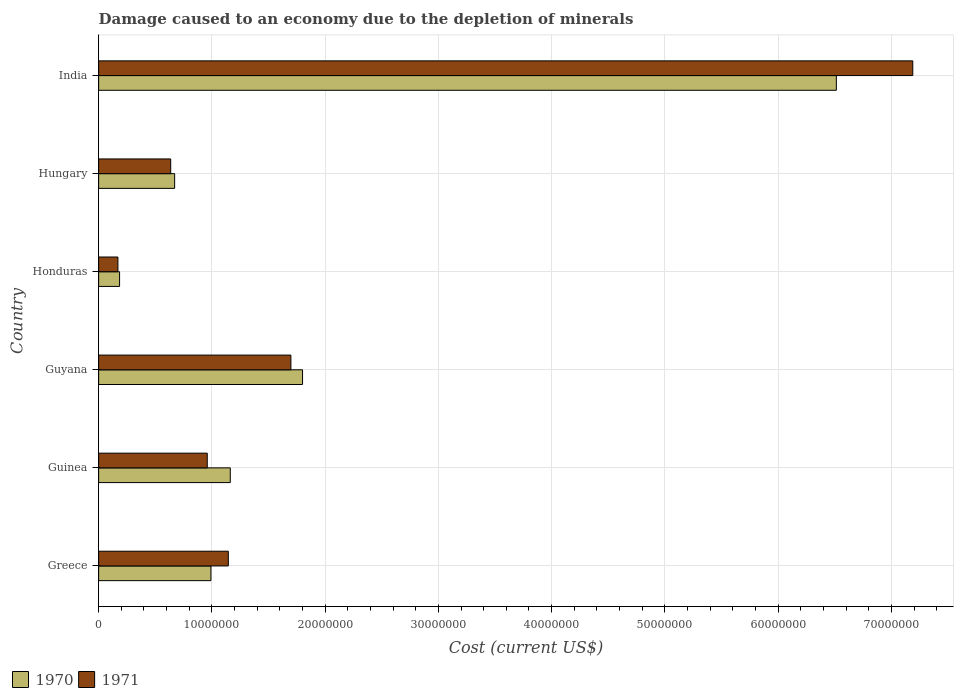
| Country | 1970 | 1971 |
 | --- | --- | --- |
 | Greece | 9.92e+06 | 1.15e+07 |
 | Guinea | 1.16e+07 | 9.59e+06 |
 | Guyana | 1.8e+07 | 1.7e+07 |
 | Honduras | 1.85e+06 | 1.7e+06 |
 | Hungary | 6.71e+06 | 6.36e+06 |
 | India | 6.51e+07 | 7.19e+07 |